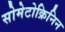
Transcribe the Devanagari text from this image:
सोमेटोक्रिनिन